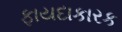
ફાયદાકારક